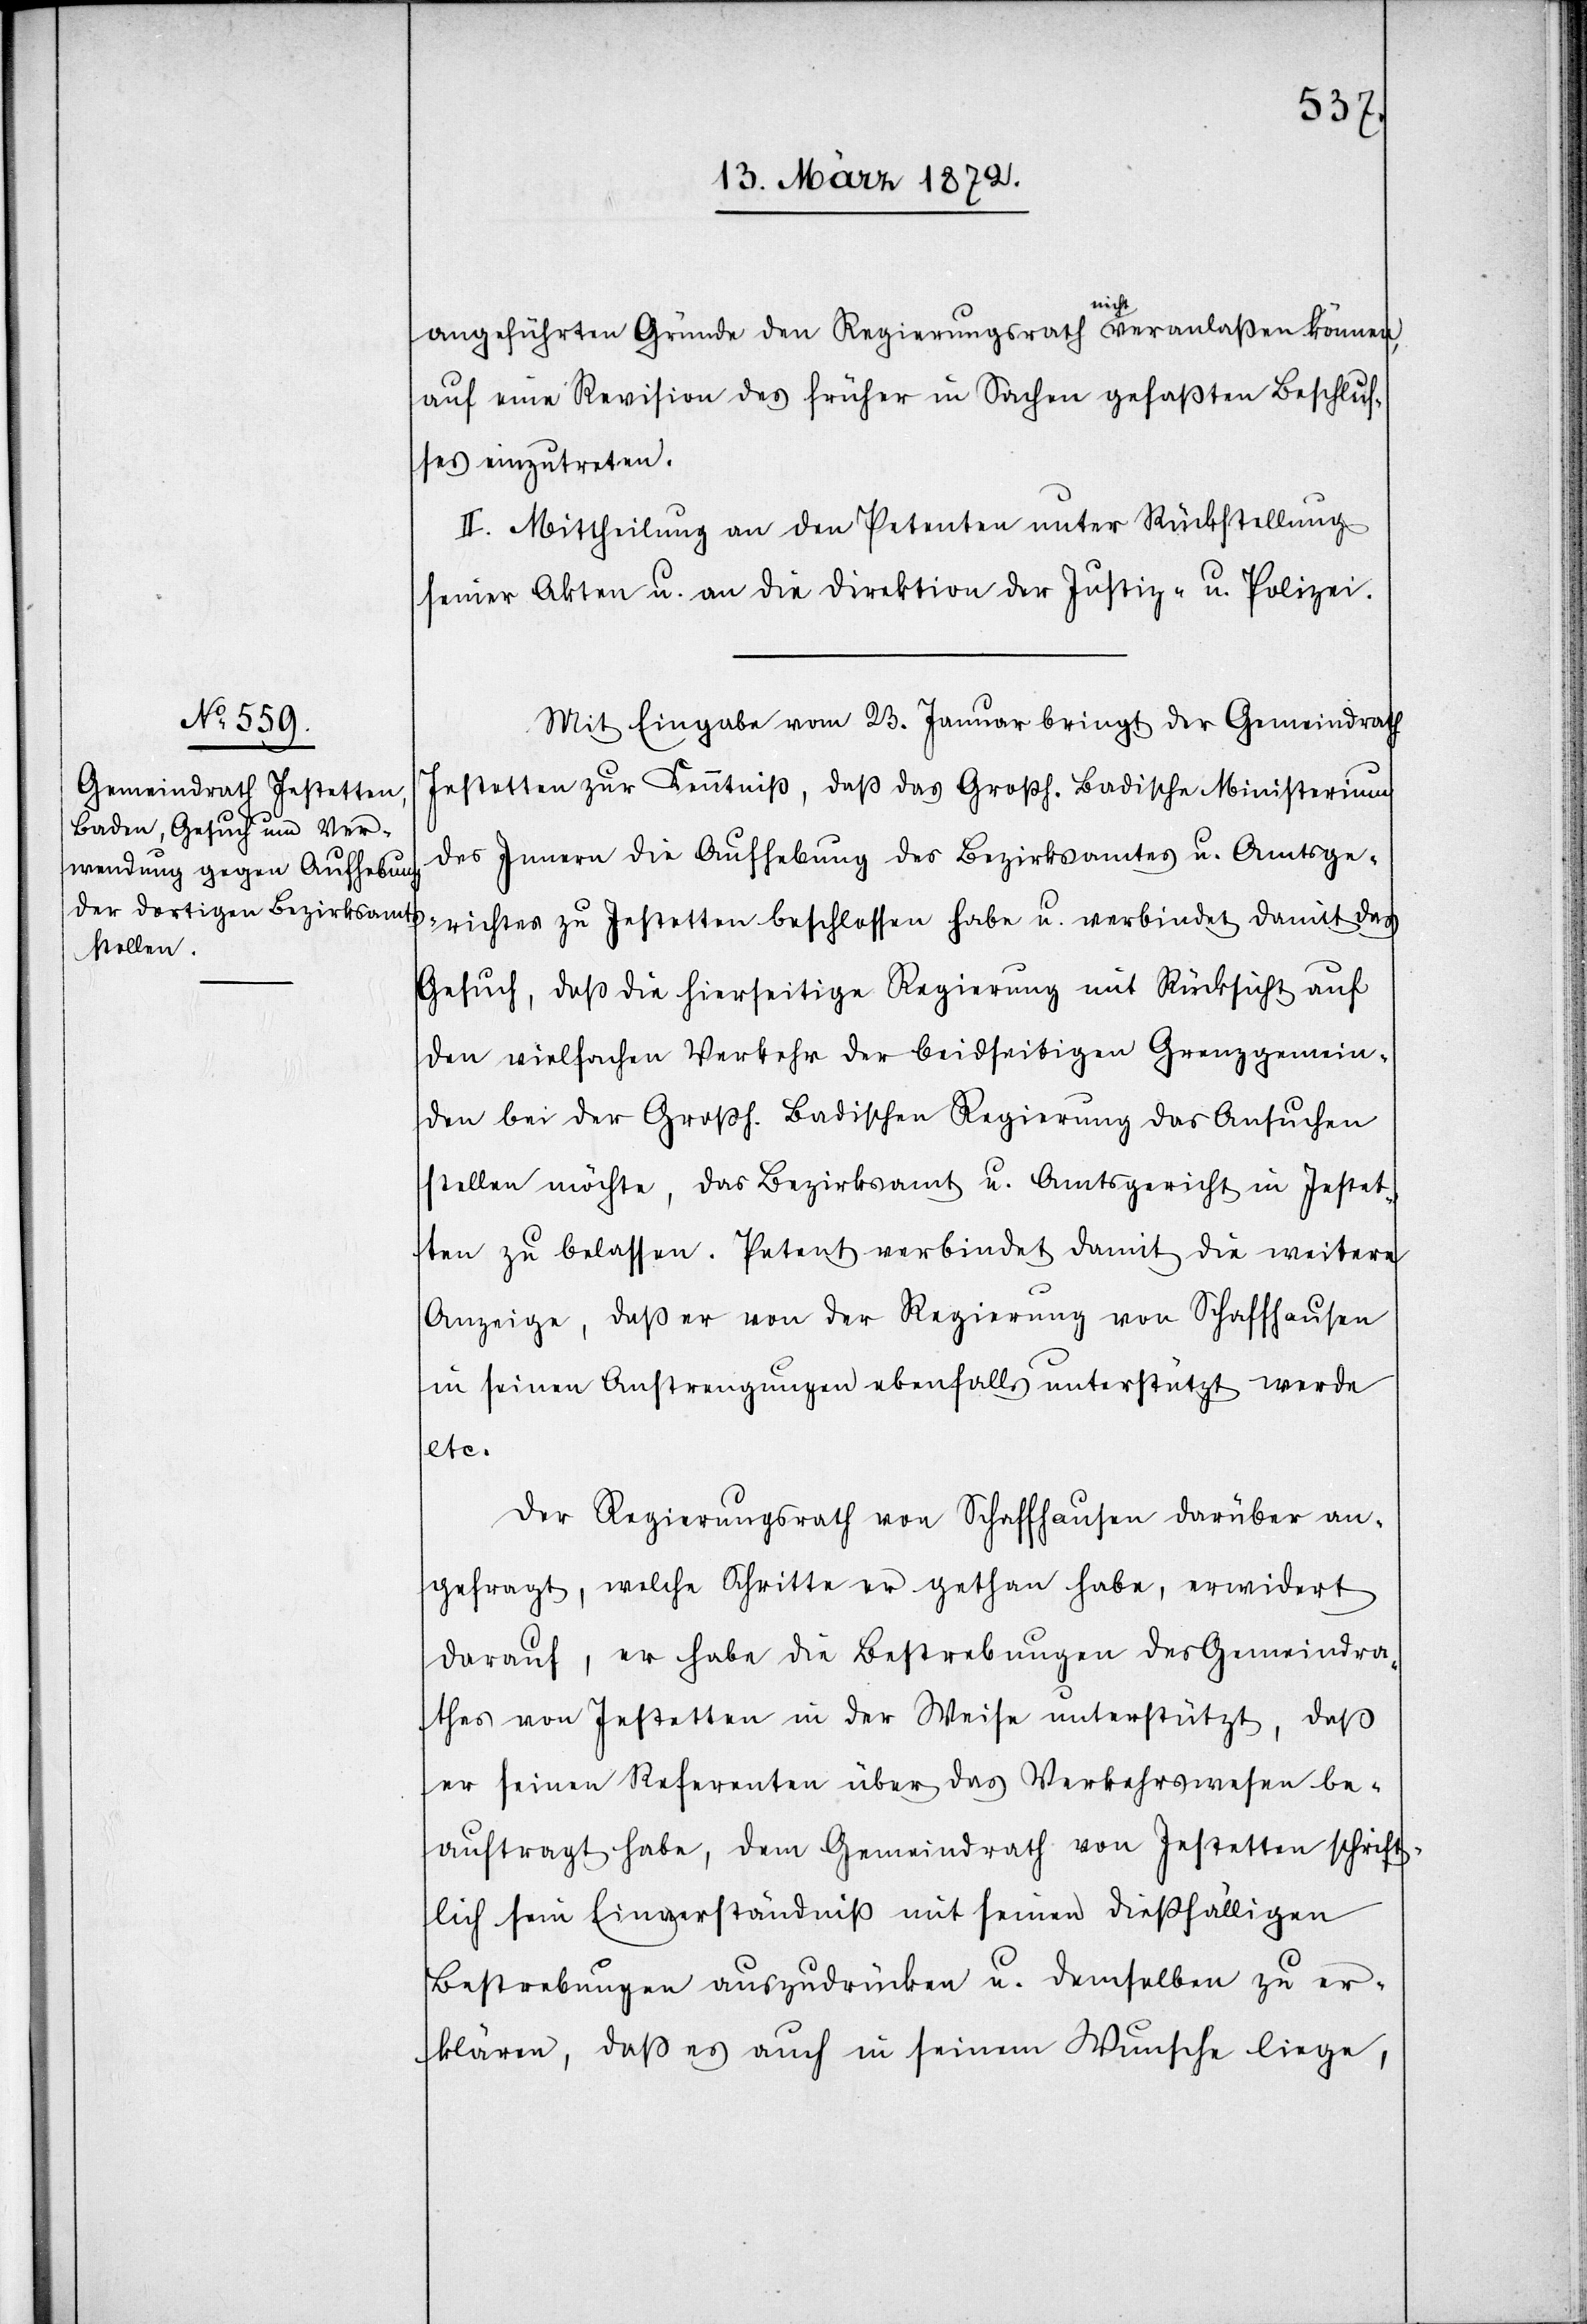
angeführten Gründe den Regierungsrath nicht veranlaßen können,
auf eine Revision des früher in Sachen gefaßten Beschlus¬
ses einzutreten.
II. Mittheilung an den Petenten unter Rückstellung
seiner Akten u. an die Direktion der Justiz- u. Polizei.
Mit Eingabe vom 23. Januar bringt der Gemeindrath
Jestetten zur Kenntniß, daß das Großh. Badische Ministerium
des Innern die Aufhebung des Bezirksamtes u. Amtsge¬
richtes zu Jestetten beschlossen habe u. verbindet damit das
Gesuch, daß die hierseitige Regierung mit Rücksicht auf
den vielfachen Verkehr der beidseitigen Grenzgemein¬
den bei der Großh. Badischen Regierung das Ansuchen
stellen möchte, das Bezirksamt u. Amtsgericht in Jestet¬
ten zu belassen. Petent verbindet damit die weitere
Anzeige, daß er von der Regierung von Schaffhausen
in seinen Anstrengungen ebenfalls unterstützt werde
etc.
Der Regierungsrath von Schaffhausen darüber an¬
gefragt, welche Schritte er gethan habe, erwidert
darauf, er habe die Bestrebungen des Gemeindra¬
thes von Jestetten in der Weise unterstützt, daß
er seinen Referenten über das Verkehrswesen be¬
auftragt habe, dem Gemeindrath von Jestetten schrift¬
lich sein Einverständniß mit seinen dießfälligen
Bestrebungen auszudrücken u. demselben zu er¬
klären, daß es auch in seinem Wunsche liege,